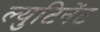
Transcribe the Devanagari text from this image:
ल्युटिनेंट